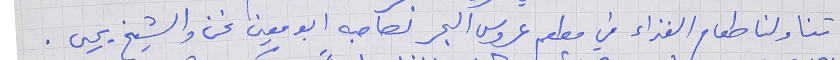
تناولنا طعام الغذاء في مطعم عروس البحر لصاحبه ابو معين نحن والشيخ يحيى .